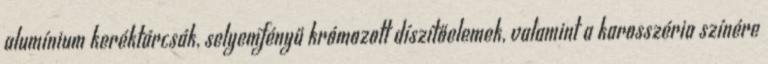
alumínium keréktárcsák, selyemfényű krómozott díszítőelemek, valamint a karosszéria színére